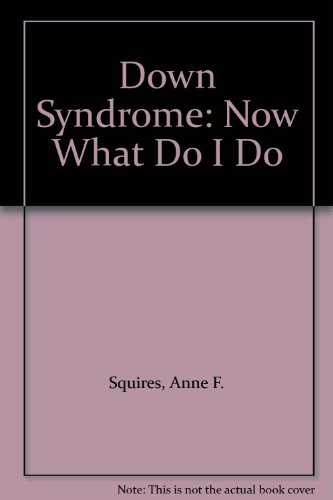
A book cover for Down Syndrome: Now What Do I Do; Anne F. Squires; Health, Fitness & Dieting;